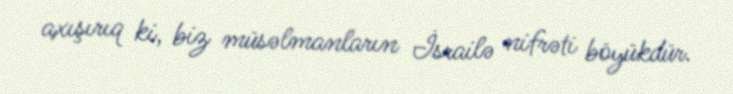
axışırıq ki, biz müsəlmanların İsrailə nifrəti böyükdür.